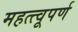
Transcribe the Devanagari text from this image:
महत्त्वूपर्ण